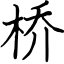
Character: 桥